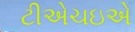
ટીએચઇએ